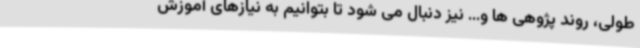
طولی، روند پژوهی ها و... نیز دنبال می شود تا بتوانیم به نیازهای آموزش